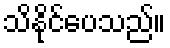
သိနိုင်ပေသည်။